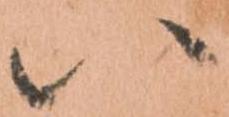
い